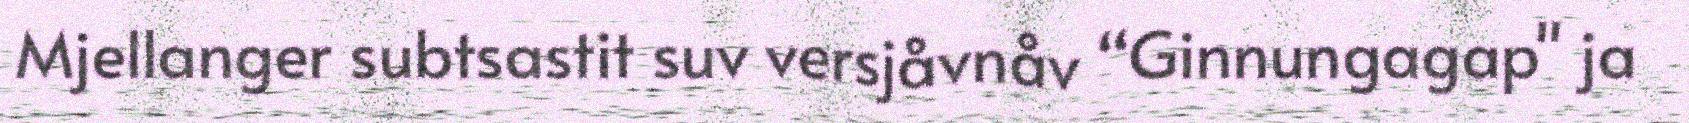
Mjellanger subtsastit suv versjåvnåv “Ginnungagap" ja